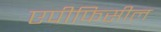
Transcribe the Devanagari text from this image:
एपीफिसील